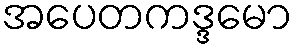
အပေတကဒ္ဒမော